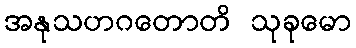
အနုသဟဂတောတိ သုခုမော